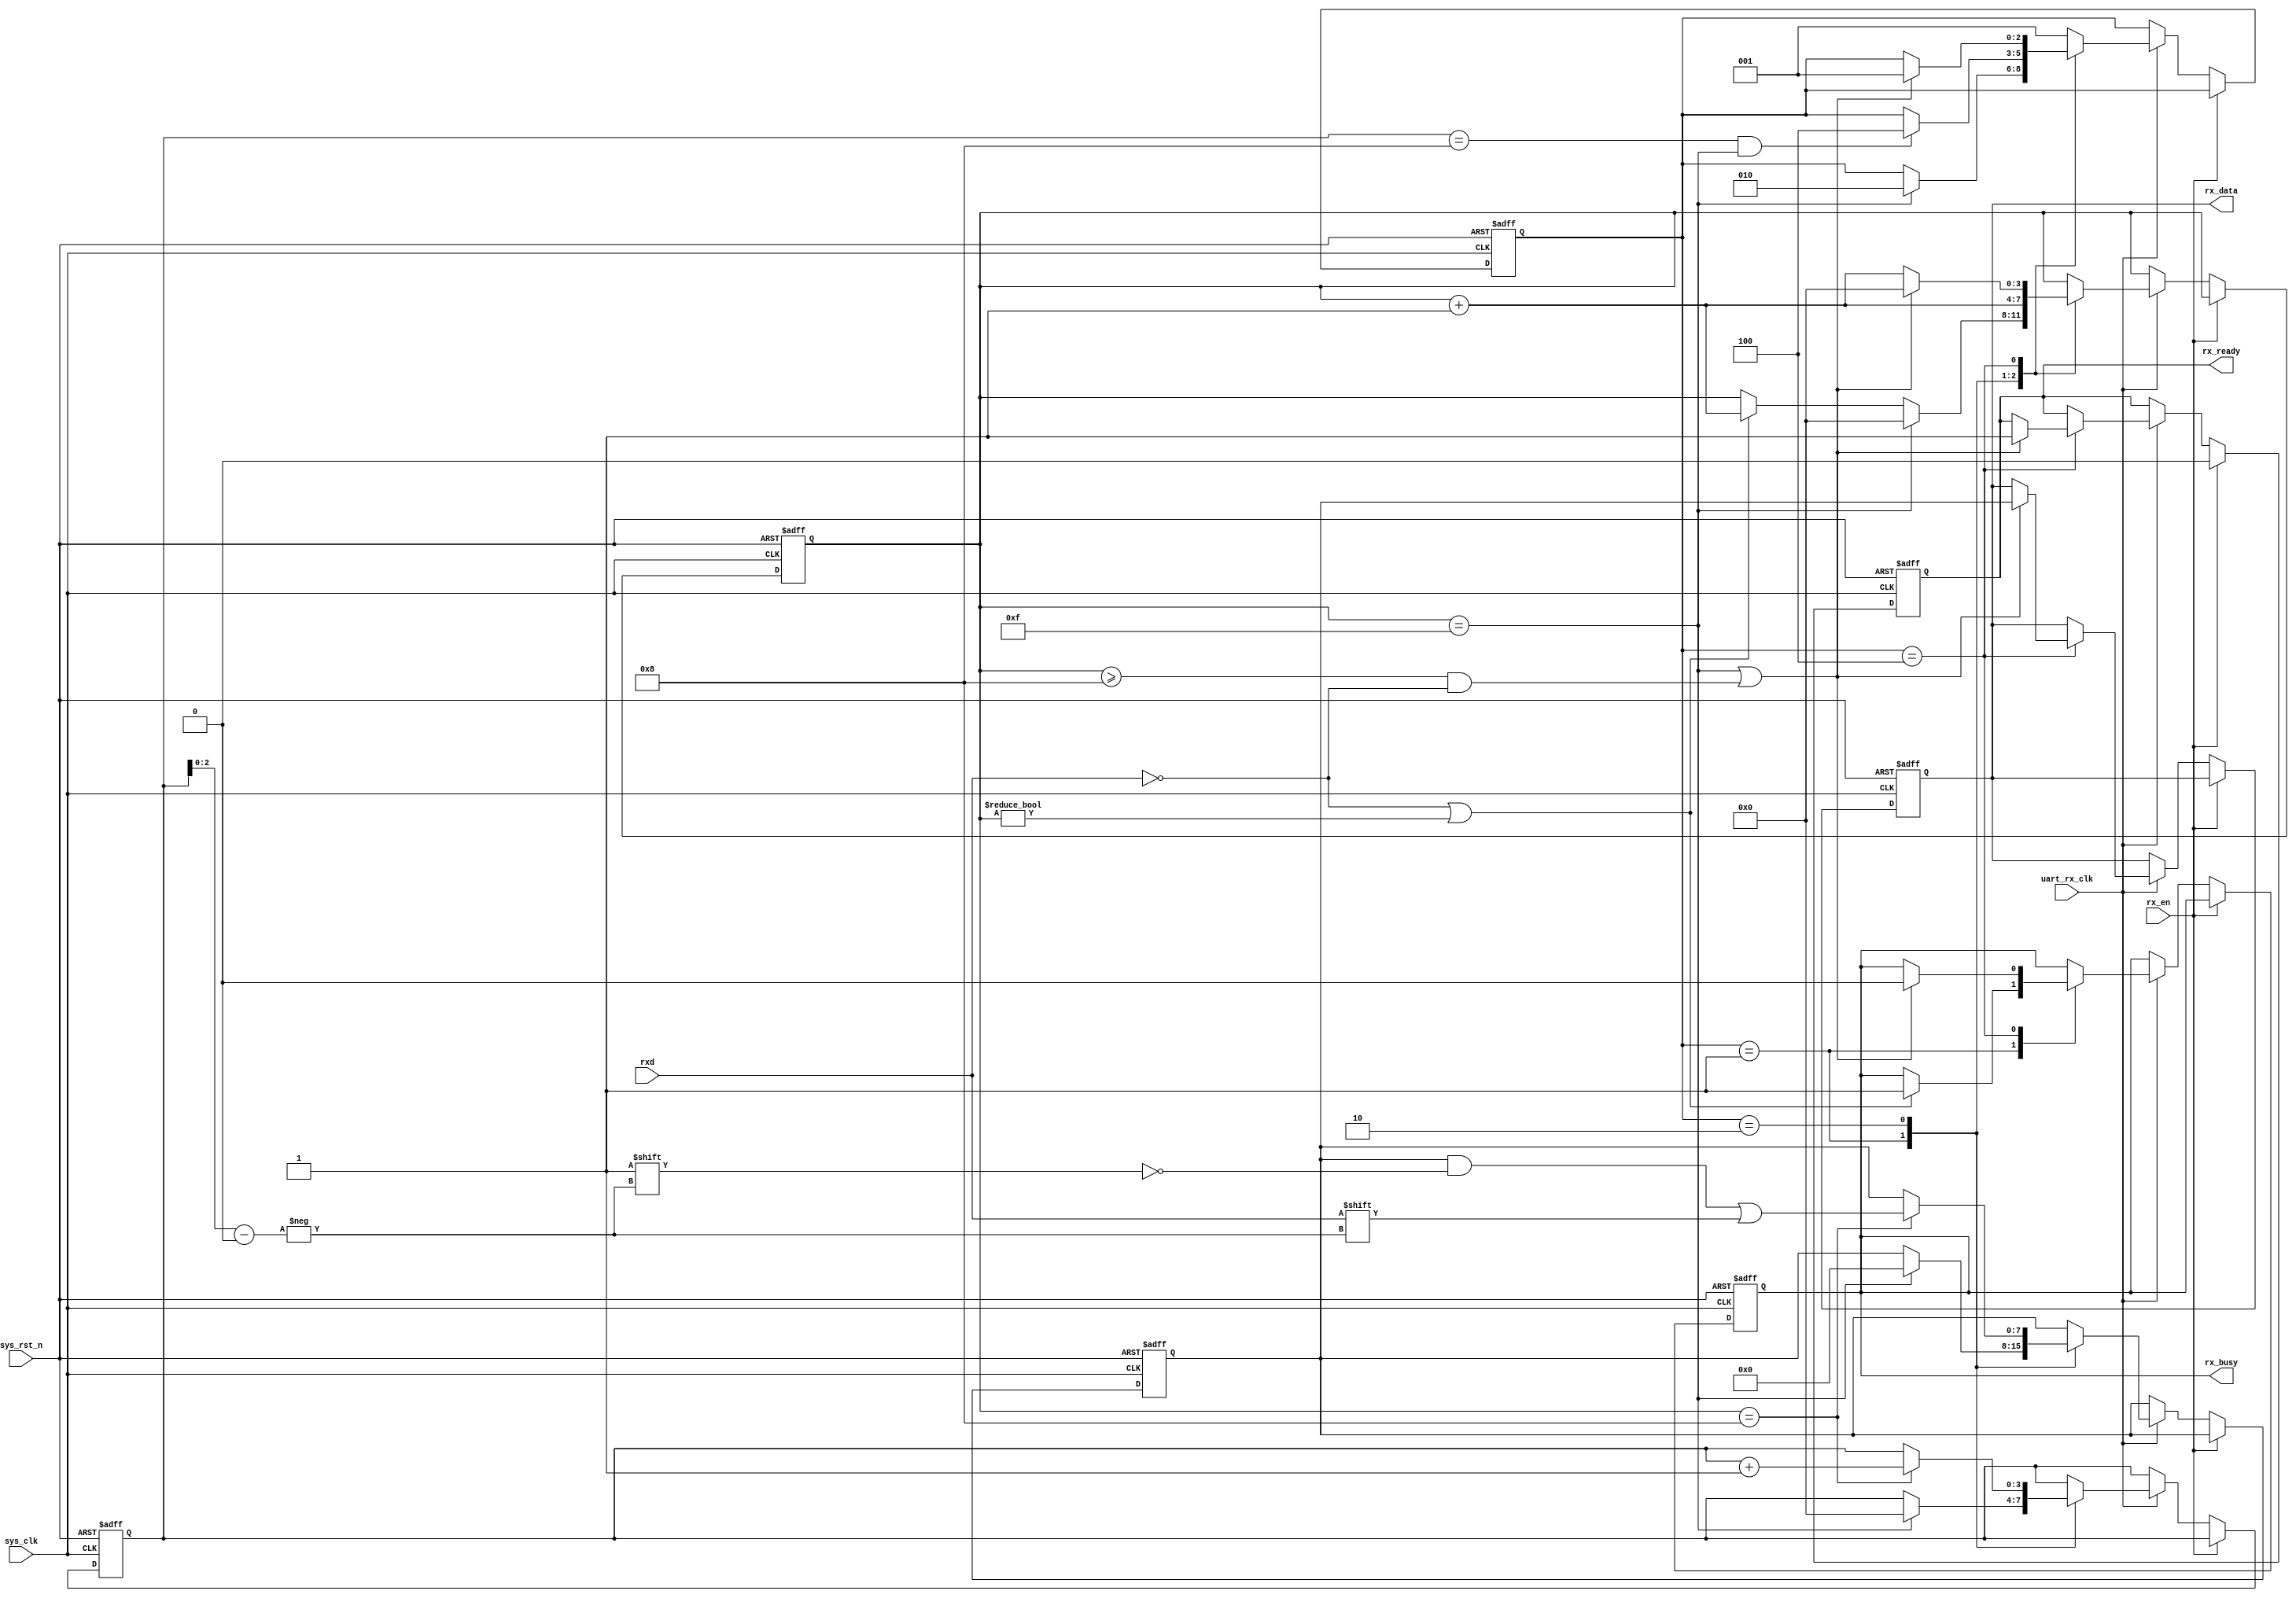
`timescale 1ns/1ps

module uart_rx (
           input wire sys_clk, //base clk
           input wire uart_rx_clk, //oversampling clk
           input wire sys_rst_n,

           input wire rx_en,
           output reg rx_busy,
           output reg rx_ready,

           output reg [7: 0] rx_data,
           input wire rxd
       );
localparam RX_STATE_START = 3'b001;
localparam RX_STATE_DATA = 3'b010;
localparam RX_STATE_STOP = 3'b100;

reg [2: 0] global_state = RX_STATE_START;

reg [3: 0] sample_cnt = 4'b0; //sample counter
reg [2: 0] sample_bit = 3'b0; //data sample
reg [3: 0] bitpos = 4'b0; //add 1 bit to suit sampling done condition
reg [7: 0] rx_data_temp = 8'b0;

//mealy FSM
always @(posedge sys_clk or negedge sys_rst_n) begin
    if (!sys_rst_n) begin
        global_state <= RX_STATE_START;
        sample_cnt <= 4'b0;
        sample_bit <= 3'b0;
        rx_data <= 8'b0;
        rx_data_temp <= 8'b0;
        bitpos <= 4'b0;
        rx_busy <= 1'b0;
        rx_ready <= 1'b0;
    end
    else if (rx_en) begin //rx data send out
        rx_ready <= 1'b0;
    end
    else if (uart_rx_clk) begin
        case (global_state)
            RX_STATE_START: begin
                if (!rxd || sample_cnt != 0) begin //got UART start-bit then sample started
                    sample_cnt <= sample_cnt + 4'b1;
                    rx_busy <= 1'b1;
                end

                if (sample_cnt == 15) begin //start recv data-bits
                    global_state <= RX_STATE_DATA;
                    sample_cnt <= 4'b0; //clear sample counter
                    sample_bit <= 3'b0;
                    rx_data_temp <= 8'b0;
                    bitpos <= 4'b0;
                end
            end
            RX_STATE_DATA: begin //recv data bits
                sample_cnt <= sample_cnt + 4'b1;

                // if (sample_cnt == 4'h7) begin //data sampling 1
                //     sample_bit[0] <= rxd;
                //     sample_bit[1] <= sample_bit[1];
                //     sample_bit[2] <= sample_bit[2];
                // end
                // else if (sample_cnt == 4'h8) begin //data sampling 2
                //     sample_bit[0] <= sample_bit[0];
                //     sample_bit[1] <= rxd;
                //     sample_bit[2] <= sample_bit[2];
                // end
                // else if (sample_cnt == 4'h9) begin //data sampling 3
                //     sample_bit[0] <= sample_bit[0];
                //     sample_bit[1] <= sample_bit[1];
                //     sample_bit[2] <= rxd;
                // end
                // else if (sample_cnt == 4'hE) begin //get sampling result
                //     // if (sample_bit[0] == sample_bit[1]) begin
                //     //     rx_data[bitpos[2: 0]] <= sample_bit[0];
                //     // end
                //     // else if (sample_bit[0] & sample_bit[2]) begin
                //     //     rx_data[bitpos[2: 0]] <= sample_bit[0];
                //     // end
                //     // else if (sample_bit[1] & sample_bit[2]) begin
                //     //     rx_data[bitpos[2: 0]] <= sample_bit[1];
                //     // end
                //     rx_data[bitpos[2: 0]] <= ((sample_bit[0] & sample_bit[1]) | ((sample_bit[0] & sample_bit[2])) | (sample_bit[1] & sample_bit[2])); //majority judgement
                //     bitpos <= bitpos + 4'b1;
                // end
                // else begin
                //     sample_bit <= sample_bit;
                // end
                if (sample_cnt == 4'h8) begin
                    rx_data_temp[bitpos[2: 0]] <= rxd; //get middle position value
                    bitpos <= bitpos + 4'b1;
                end

                if (bitpos == 8 && sample_cnt == 15) begin //data sampling done, stop recv
                    global_state <= RX_STATE_STOP;
                end
            end
            RX_STATE_STOP: begin
                if (sample_cnt == 15 || (sample_cnt >= 8 && !rxd)) begin //recv done
                    global_state <= RX_STATE_START;
                    rx_data <= rx_data_temp;
                    sample_cnt <= 4'b0;
                    rx_ready <= 1'b1;
                    rx_busy <= 1'b0;
                end
                else begin
                    sample_cnt <= sample_cnt + 4'b1;
                end
            end
            default: begin
                global_state <= RX_STATE_START;
            end
        endcase
    end
end

endmodule